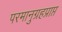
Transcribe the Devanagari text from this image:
परमानुग्रहप्राप्त